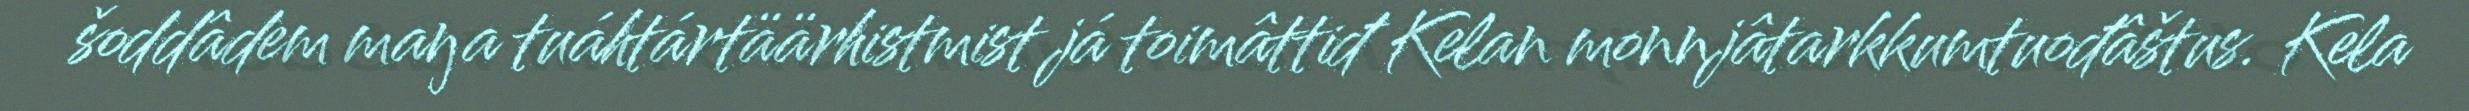
šoddâdem maŋa tuáhtártäärhistmist já toimâttiđ Kelan monnjâtarkkumtuođâštus. Kela